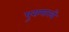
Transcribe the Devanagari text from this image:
पुरामानवों